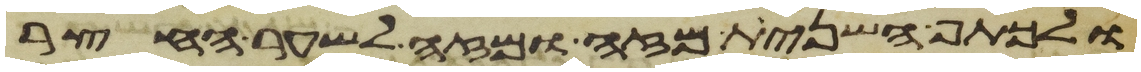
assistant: ולכתף השנית מזה ומזה לשער החצר